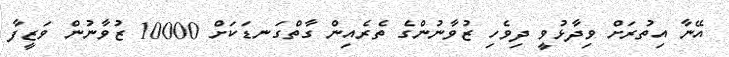
އޭނާ އިތުރަށް ވިދާޅުވީ ދިވެހި ޒުވާނުންގެ ތެރެއިން ގާތްގަނޑަކަށް 10000 ޒުވާނުން ވަޒީފާ